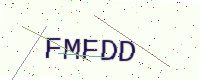
Text: FMFDD